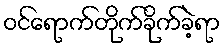
ဝင်ရောက်တိုက်ခိုက်ခဲ့ရာ